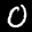
Label: 0